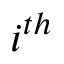
i ^ { t h }